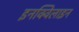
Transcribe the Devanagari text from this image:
इनक्विलाइन